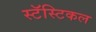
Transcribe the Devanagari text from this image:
स्टॅस्टिकल